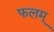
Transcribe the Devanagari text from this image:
फलम्